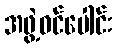
အဖွဲ့ဝင်ပေါင်း